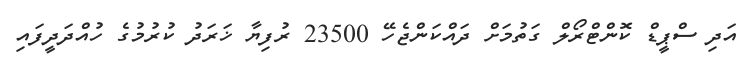
އަދި ސްޕީޑް ކޮންޓްރޯލް ގަތުމަށް ދައްކަންޖެހޭ 23500 ރުފިޔާ ޚަރަދު ކުރުމުގެ ހުއްދަދީފައި